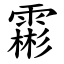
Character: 霦